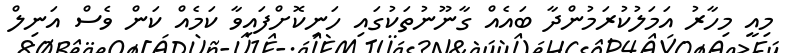
މިއީ މިހާރު އަމަލުކުރަމުންދާ ބައެއް ގާނޫނުތަކުގައި ހަނިކޮށްފައިވާ ކަމެއް ކަން ވެސް އަނިލް